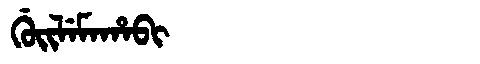
Manchu: ᡤᡠᡳᠯᡝᠮᠠᡥᠠᠪᡳ
Romanization: GUILEMAHABI